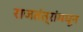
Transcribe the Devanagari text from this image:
राजतंत्रांमधून